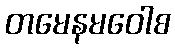
တမေနမဝေါစ